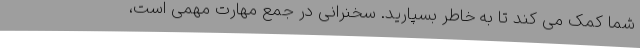
شما کمک می کند تا به خاطر بسپارید. سخنرانی در جمع مهارت مهمی است،